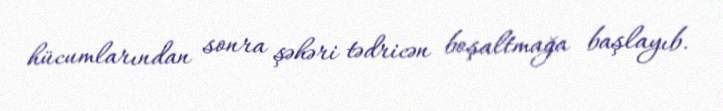
hücumlarından sonra şəhəri tədricən boşaltmağa başlayıb.